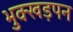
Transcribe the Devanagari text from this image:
भुक्खड़पन